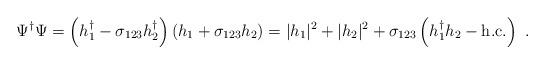
LaTeX: \begin{align*}\Psi^{\dag} \Psi = \left( h_1^{\dag} - \sigma_{123} h_2^{\dag} \right) \left( h_1 + \sigma_{123} h_2 \right) = |h_1 |^2 + | h_2 |^2 + \sigma_{123} \left( h_1^{\dag} h_2 - \mbox{h.c.} \right)~.\end{align*}